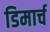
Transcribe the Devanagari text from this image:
डिमार्च